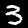
Label: 3